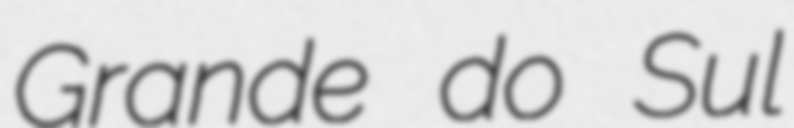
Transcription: Grande do Sul